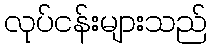
လုပ်ငန်းများသည်